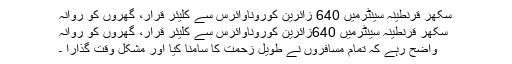
سکھر قرنطینہ سینٹرمیں 640 زائرین کوروناوائرس سے کلیئر قرار، گھروں کو روانہ
سکھر قرنطینہ سینٹرمیں 640زائرین کوروناوائرس سے کلیئر قرار، گھروں کو روانہ
واضح رہے کہ تمام مسافروں نے طویل زحمت کا سامنا کیا اور مشکل وقت گذارا ۔